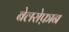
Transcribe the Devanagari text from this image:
बेलरोफ़ान